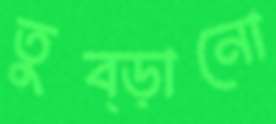
তুব্‌ড়ানো